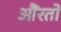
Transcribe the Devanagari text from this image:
औंरतों